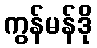
ကွန်မန်ဒို